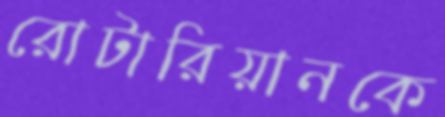
রোটারিয়ানকে